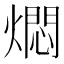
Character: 燜